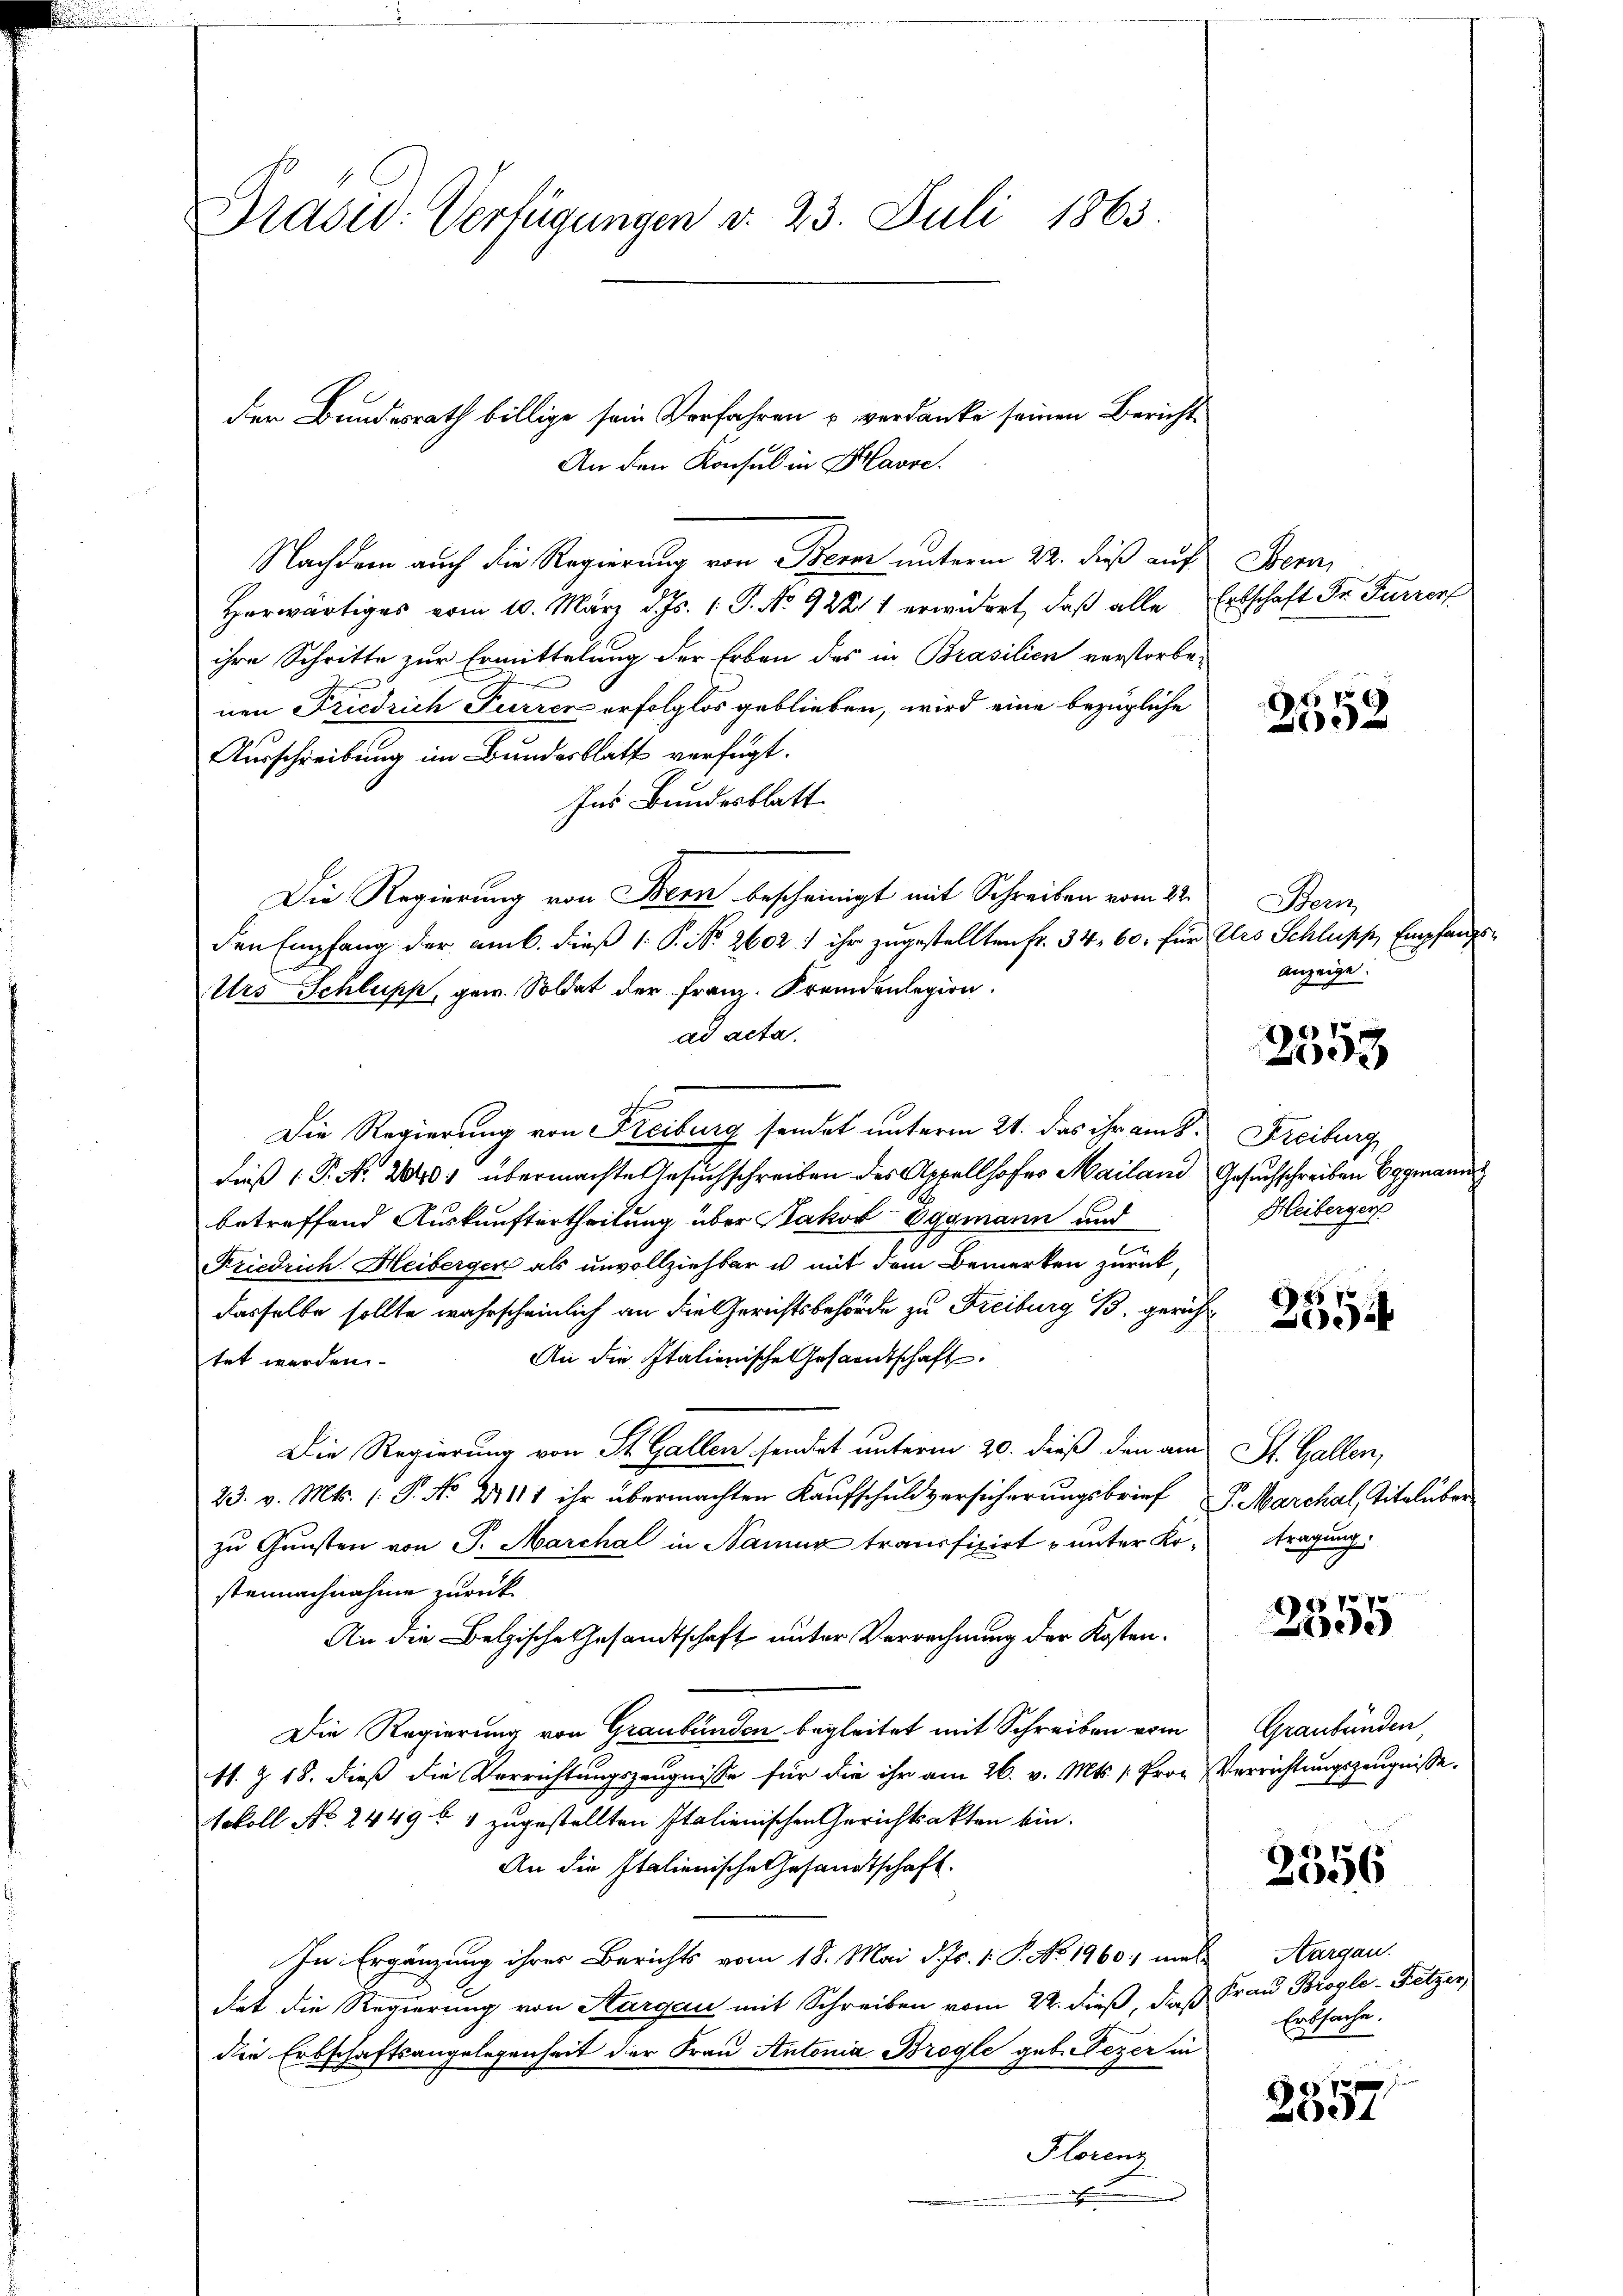
Prasw: Verfügungen d. 23. Juli 1863.

der Bundesrath billige sein Verfahren u. verdanke seinen Bericht
An den Konsul in Havre.
Nachdem auch die Regierung von Berer unterm 22. dieß auf
Herwärtiges vom 10. März d. Js. 1. P. No 92211 erwidert, daß alle Erbschaft der Furrer
ihre Schritte zur Ermittelung der Erben des in Brasilien verstorbenen Friedrich Furrer erfolglos geblieben, wird eine bezügliche
Ausschreibung im Bundesblatt verfügt:
Ins Bundesblatt
Die Regierung von Bern bescheinigt mit Schreiben vom 22.
den Empfang der amb. dieß (: P. Nr. 2602; ihr zugestellten Fr. 34, 60. für Urs Schlupp, Empfangs¬
Urs Schlupp, gew. Soldat der Franz. Fremdenlegion.
ad acta.
Die Regierung von Freiburg sendet unterm 21. das ihr am 8. Freiburg
dieß P. N. 20401 übermachte Gesuchschreiben des Appellhofes Mailand Gesuchschreiben Eggmann
betreffend Auskunftertheilung über Jakob Oggmann und
Friedrich. Heiberger als unvollziehbar es mit dem Bemerken zurück,
dasselbe sollte wahrscheinlich an die Gerichtsbehörde zu Freiburg B. gericht
An die Italienische Gesandtschaft
tet werden.
Die Regierung von St. Gallen sendet unterm 20. dieß den am St. Gallen,
23. v. Mts. (T. No 2111 ihr übermachten Kaufschuldversicherungsbrief P. Marchal, Titelüber
zu Gunsten von S. Marchal in Namenz transfixirt u unter Kontragung.
steinachnahme zurück.
An die Belgische Gesandtschaft unter Verrechnung der Kosten¬
Die Regierung von Graubünden begleitet mit Schreiben vom
11. Z. 18. dieß die Verrichtungszeugnisse für die ihr am 26. v. Mts. (Froz Verrichtungszeugnisse
Nokoll No 2449 f 4 zugestellten Italienischen Gerichtsakten ein.
An die Italienische Gesandtschaft.
In Ergänzung ihrer Berichts vom 18. Mai d. Js. 1. P. No. 1960; met Aargau.
det die Regierung von Aargau mit Schreiben vom 22. dieß, daß Frau Brogle-Fetzer,
die Erbschaftsangelegenheit der Frau Antonia Brogle geb. Pezer in
Florenz
.

Bern,

2552

Bern
anzeige

E
2598

Heibergers

1857
)

1570
5

Graubünden

2356

Erbsache.

f 7 x
e